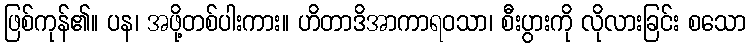
ဖြစ်ကုန်၏။ ပန၊ အဖို့တစ်ပါးကား။ ဟိတာဒိအာကာရဝသာ၊ စီးပွားကို လိုလားခြင်း စသော